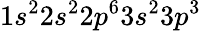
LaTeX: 1s^{2}2s^{2}2p^{6}3s^{2}3p^{3}